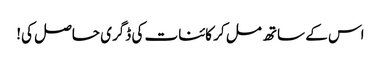
اس کے ساتھ مل کر کائنات کی ڈگری حاصل کی!